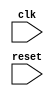
module behavior_model (
    input wire clk,
    input wire reset,
    // other input/output declarations
);

always @(posedge clk or negedge reset) begin
    // Behavioral modeling code here
end

endmodule